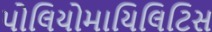
પોલિયોમાયિલિટિસ